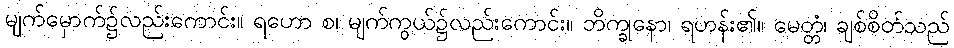
မျက်မှောက်၌လည်းကောင်း။ ရဟော စ၊ မျက်ကွယ်၌လည်းကောင်း။ ဘိက္ခုနော၊ ရဟန်း၏။ မေတ္တံ၊ ချစ်စိတ်သည်